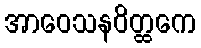
အာဝေသနဝိတ္ထကေ